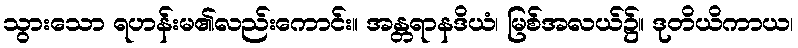
သွားသော ရဟန်းမ၏လည်းကောင်း။ အန္တရာနဒိယံ၊ မြစ်အလယ်၌။ ဒုတိယိကာယ၊